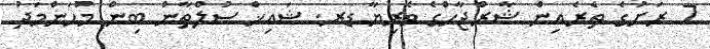
7 ރަށުގެ ތެރެއިން ޝާރްޖާހްގެ ވެރިޔާ ޑރ. ޝައިޚް ސުލްތާން ބިން މުހަންމަދު